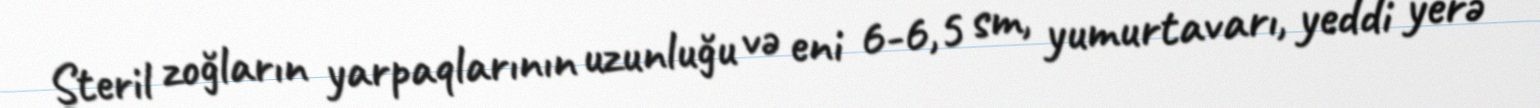
Steril zoğların yarpaqlarının uzunluğu və eni 6-6,5 sm, yumurtavarı, yeddi yerə